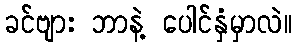
ခင်ဗျား ဘာနဲ့ ပေါင်နှံမှာလဲ။